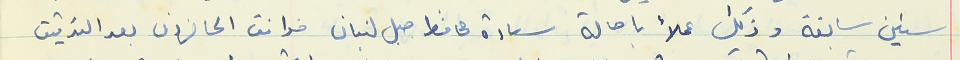
سنين سابقة وذلك عملاً باحالة سعادة محافظ جبل لبنان فوافق الحاضرون بعد التدقيق